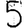
Digit: 5